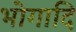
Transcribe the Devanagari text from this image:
भोगादि